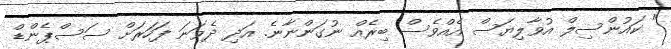
" ކައުންސިލް އުވާލިޔަސް އެއްވެސް ބިރެއް ނުގަންނާނެ. އަދި ދެވަނަ ފަހަރަށް ސަސްޕެންޑް